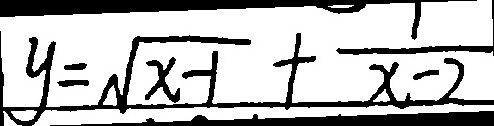
y = \sqrt { x - 1 } + \frac { 1 } { x - 2 }